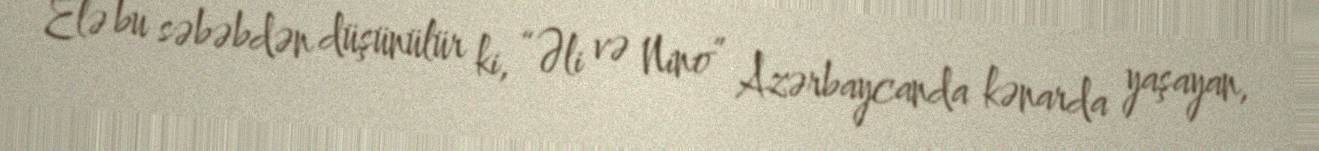
Elə bu səbəbdən düşünülür ki, “Əli və Nino” Azərbaycanda kənarda yaşayan,